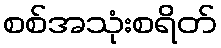
စစ်အသုံးစရိတ်